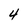
Character: 4